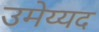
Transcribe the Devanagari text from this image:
उमेय्यद